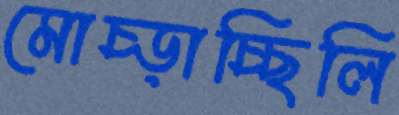
মোচ্‌ড়াচ্ছিলি